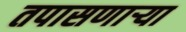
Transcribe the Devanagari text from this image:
तपासणार्‍या